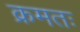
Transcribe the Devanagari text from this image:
क्रमतः